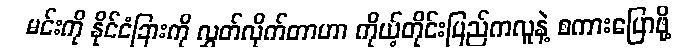
မင်းကို နိုင်ငံခြားကို လွှတ်လိုက်တာဟာ ကိုယ့်တိုင်းပြည်ကလူနဲ့ စကားပြောဖို့